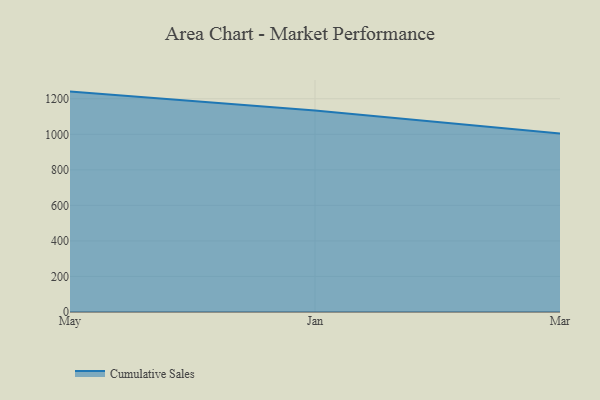
{"axis": {"x": "Month", "y": "Tickets Resolved"}, "legend": ["Cumulative Sales"], "data": [{"x": "May", "y": 1240.3, "type": "Cumulative Sales"}, {"x": "Jan", "y": 1133.8, "type": "Cumulative Sales"}, {"x": "Mar", "y": 1004.2, "type": "Cumulative Sales"}]}